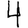
Digit: 4